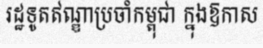
រដ្ឋទូតឥណ្ឌាប្រចាំកម្ពុជា ក្នុងឱកាស